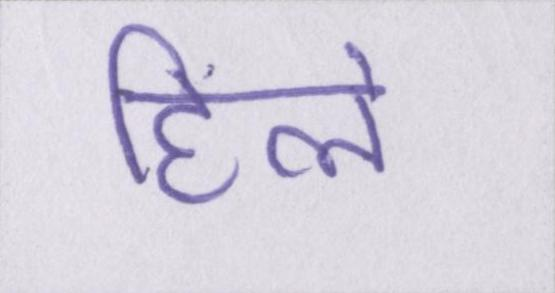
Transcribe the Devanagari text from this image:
हिले